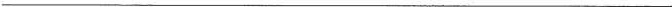
___